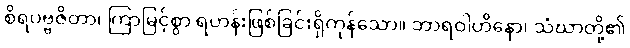
စိရပဗ္ဗဇိတာ၊ ကြာမြင့်စွာ ရဟန်းဖြစ်ခြင်းရှိကုန်သော။ ဘာရဝါဟိနော၊ သံဃာတို့၏